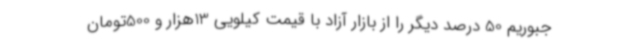
جبوریم 50 درصد دیگر را از بازار آزاد با قیمت کیلویی 13هزار و 500تومان